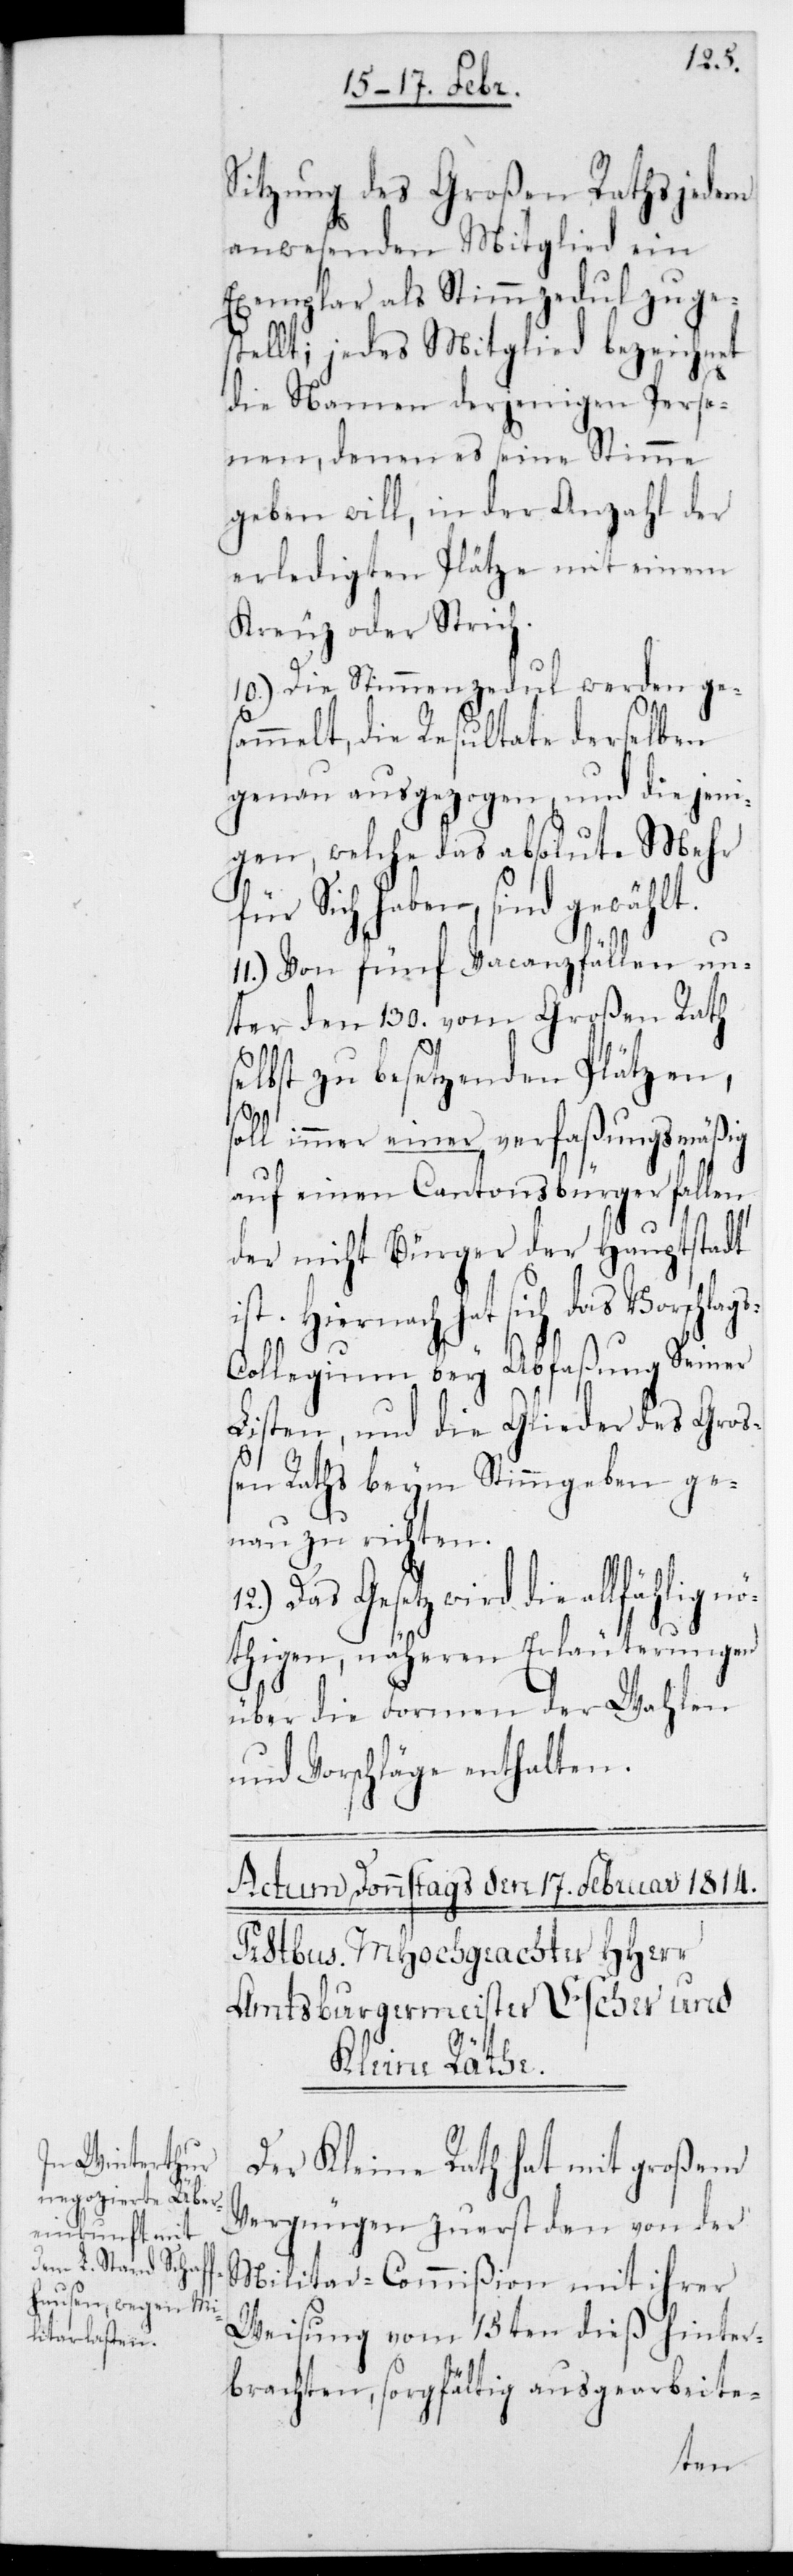
Sitzung des Großen Raths jedem
anwesenden Mitglied ein
Exemplar als Stimmzedul zuges¬
tellt; jedes Mitglied bezeichnet
die Namen derjenigen Perso¬
nen, denen es seine Stimme
geben will, in der Anzahl der
erledigten Plätze mit einem
Kreuz oder Strich.
10.) Die Stimmenzedul werden ges¬
ammelt, die Resultate derselben
genau ausgezogen, und diejeni¬
gen, welche das absolute Mehr
für sich haben, sind gewählt.
11.) Von fünf Vacanzfällen un¬
ter den 130. vom Großen Rath
selbst zu besetzenden Plätzen,
soll immer einer verfaßungsmäßig
auf einen Cantonsbürger fallen,
der nicht Bürger der Hauptstadt
Hiernach hat sich das Vorschla¬
gscollegium bey Abfaßung seiner
Listen und die Glieder des Gro¬
ge¬
ßen Raths beym Stimmgeben
nau zu richten.
Das Gesetz wird die allfählig
nöthigen näheren Erläuterungen
über die Formen der Wahlen
und Vorschläge enthalten.
Der Kleine Rath hat mit großem
Vergnügen zuerst den von der
Militar-Commißion mit ihrer
Weisung vom 15ten dieß hinter¬
brachten, sorgfältig ausgearbeite-